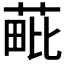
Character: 𦳈